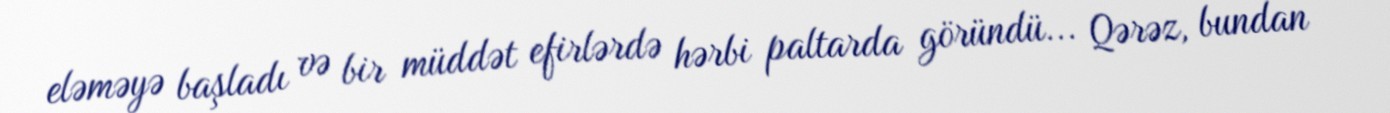
eləməyə başladı və bir müddət efirlərdə hərbi paltarda göründü... Qərəz, bundan